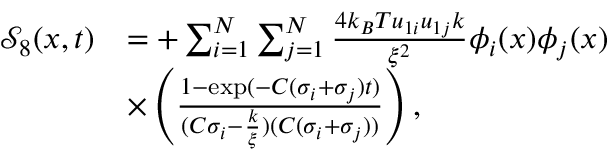
\begin{array} { r l } { \mathcal { S } _ { 8 } ( x , t ) } & { = + \sum _ { i = 1 } ^ { N } \sum _ { j = 1 } ^ { N } \frac { 4 k _ { B } T u _ { 1 i } u _ { 1 j } k } { \xi ^ { 2 } } \phi _ { i } ( x ) \phi _ { j } ( x ) } \\ & { \times \left( \frac { 1 - \exp ( - C ( \sigma _ { i } + \sigma _ { j } ) t ) } { ( C \sigma _ { i } - \frac { k } { \xi } ) ( C ( \sigma _ { i } + \sigma _ { j } ) ) } \right) , } \end{array}